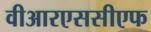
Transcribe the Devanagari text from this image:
वीआरएससीएफ